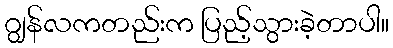
ဂျွန်လကတည်းက ပြည့်သွားခဲ့တာပါ။